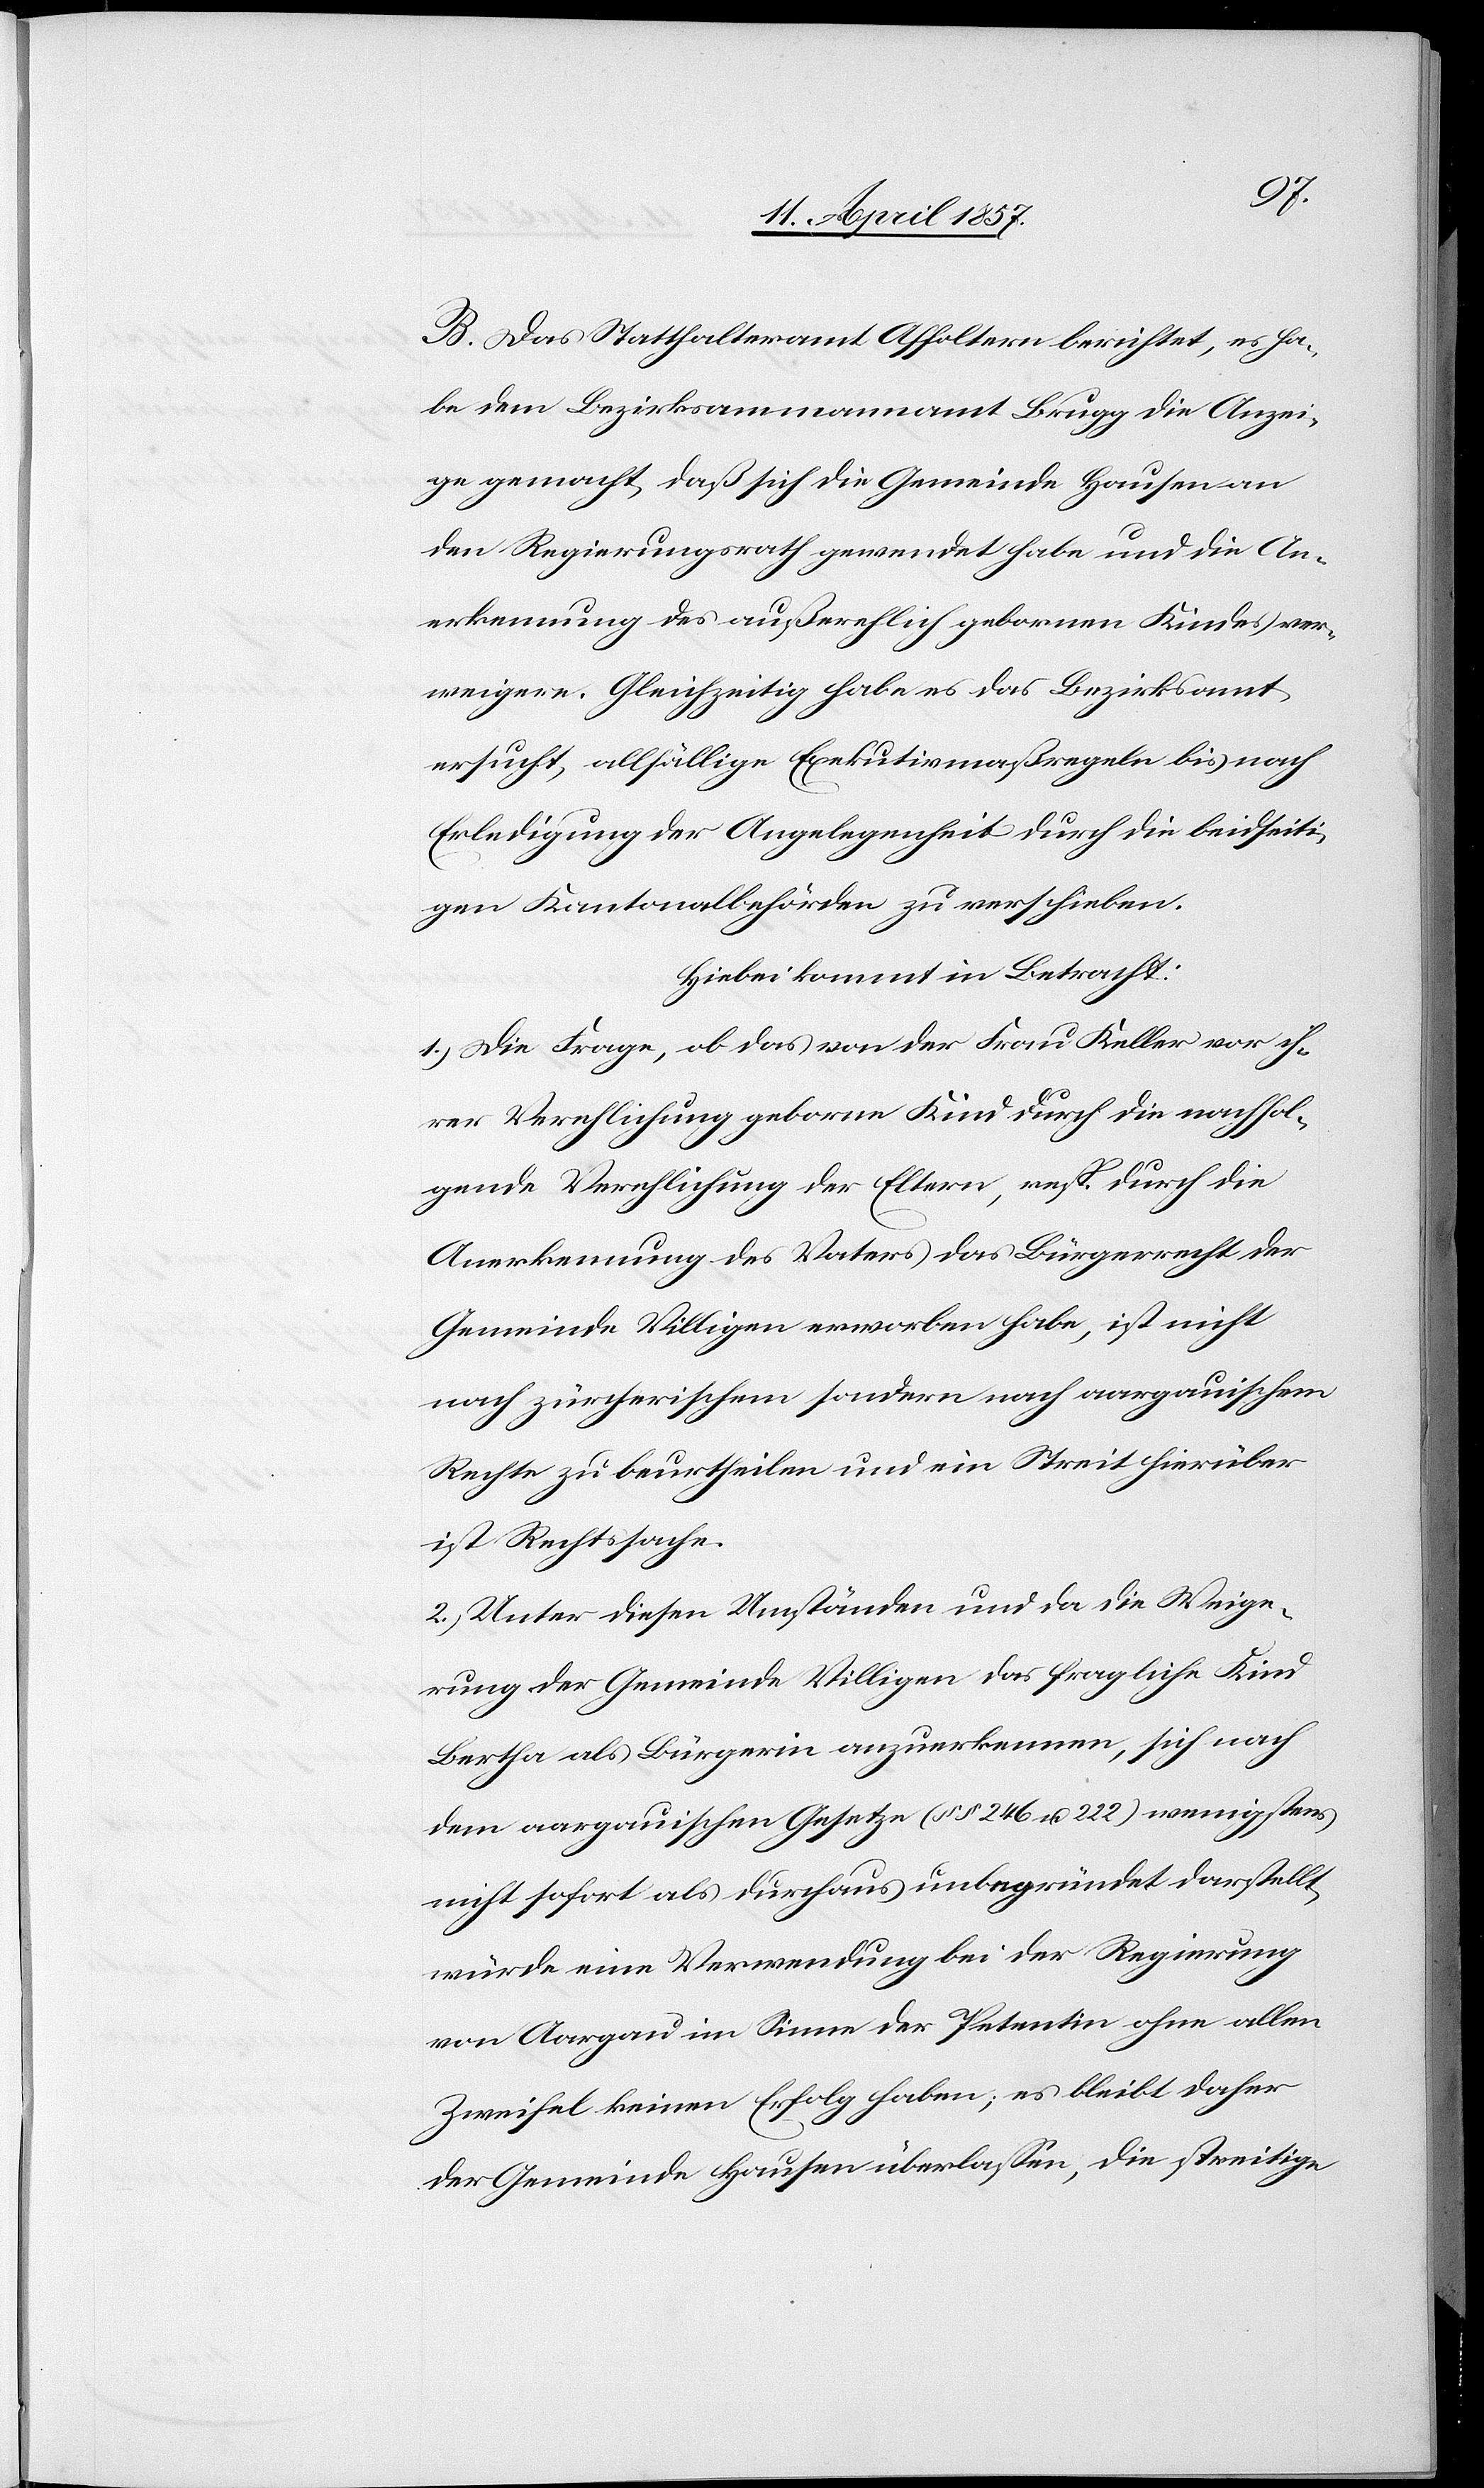
B. Das Statthalteramt Affoltern berichtet, es ha¬
be dem Bezirksammannamt Brugg die Anzei¬
ge gemacht, daß sich die Gemeinde Hausen an
den Regierungsrath gewendet habe und die An¬
erkennung des außerehelich gebornen Kindes ver¬
weigere. Gleichzeitig habe es das Bezirksamt
ersucht, allfällige Exekutivmaßregeln bis nach
Erledigung der Angelegenheit durch die beidseiti¬
gen Kantonalbehörden zu verschieben.
Hiebei kommt in Betracht:
1.) Die Frage, ob das von der Frau Keller vor ih¬
rer Verehlichung geborne Kind durch die nachfol¬
gende Verehlichung der Eltern, resp. durch die
Anerkennung des Vaters das Bürgerrecht der
Gemeinde Villigen erworben habe, ist nicht
nach zürcherischem sondern nach aargauischem
Rechte zu beurtheilen und ein Streit hierüber
ist Rechtssache.
2.) Unter diesen Umständen und da die Weige¬
rung der Gemeinde Villigen das fragliche Kind
Bertha als Bürgerin anzuerkennen, sich nach
dem aargauischen Gesetze (§§ 246 u. 222) wenigstens
nicht sofort als durchaus unbegründet darstellt,
würde eine Verwendung bei der Regierung
von Aargau im Sinne der Petentin ohne allen
Zweifel keinen Erfolg haben; es bleibt daher
der Gemeinde Hausen überlassen, die streitige